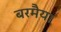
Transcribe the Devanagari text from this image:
बरमैया